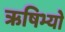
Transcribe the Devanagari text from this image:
ऋषिभ्यो